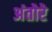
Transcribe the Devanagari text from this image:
अंतोरे